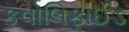
કવોલિફાઈડ